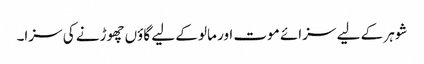
شوہر کے لیے سزائے موت اور مالو کے لیے گاؤں چھوڑنے کی سزا۔